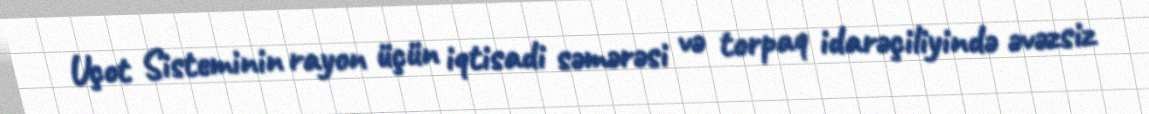
Uçot Sisteminin rayon üçün iqtisadi səmərəsi və torpaq idarəçiliyində əvəzsiz